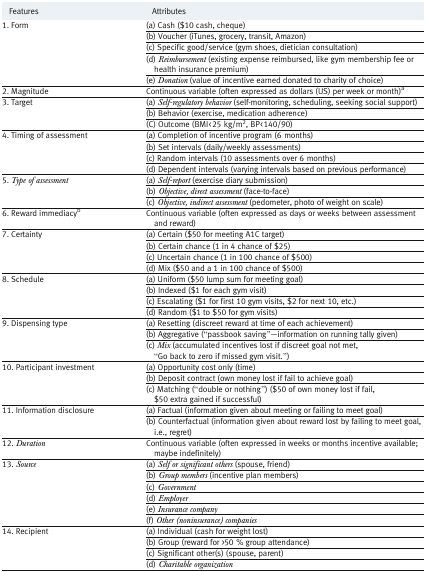
<table><thead><tr><td><b>Features</b></td><td><b>Attributes</b></td></tr></thead><tbody><tr><td rowspan="5">1. Form</td><td>(a) Cash ($10 cash, cheque)</td></tr><tr><td>(b) Voucher (iTunes, grocery, transit, Amazon)</td></tr><tr><td>(c) Specific good/service (gym shoes, dietician consultation)</td></tr><tr><td>(d) <i>Reimbursement</i> (existing expense reimbursed, like gym membership fee or health insurance premium)</td></tr><tr><td>(e) <i>Donation</i> (value of incentive earned donated to charity of choice)</td></tr><tr><td>2. Magnitude</td><td>Continuous variable (often expressed as dollars (US) per week or month)<sup>a</sup></td></tr><tr><td rowspan="3">3. Target</td><td>(a) <i>Self-regulatory behavior</i> (self-monitoring, scheduling, seeking social support)</td></tr><tr><td>(b) Behavior (exercise, medication adherence)</td></tr><tr><td>(C) Outcome (BMI &lt; 25 kg/m<sup>2</sup>, BP &lt; 140/90)</td></tr><tr><td rowspan="4">4. Timing of assessment</td><td>(a) Completion of incentive program (6 months)</td></tr><tr><td>(b) Set intervals (daily/weekly assessments)</td></tr><tr><td>(c) Random intervals (10 assessments over 6 months)</td></tr><tr><td>(d) Dependent intervals (varying intervals based on previous performance)</td></tr><tr><td rowspan="3">5. <i>Type of assessment</i></td><td>(a) <i>Self-report</i> (exercise diary submission)</td></tr><tr><td>(b) <i>Objective, direct assessment</i> (face-to-face)</td></tr><tr><td>(c) <i>Objective, indirect assessment</i> (pedometer, photo of weight on scale)</td></tr><tr><td>6. Reward immediacy<sup>b</sup></td><td>Continuous variable (often expressed as days or weeks between assessment and reward)</td></tr><tr><td rowspan="4">7. Certainty</td><td>(a) Certain ($50 for meeting A1C target)</td></tr><tr><td>(b) Certain chance (1 in 4 chance of $25)</td></tr><tr><td>(c) Uncertain chance (1 in 100 chance of $500)</td></tr><tr><td>(d) Mix ($50 and a 1 in 100 chance of $500)</td></tr><tr><td rowspan="4">8. Schedule</td><td>(a) Uniform ($50 lump sum for meeting goal)</td></tr><tr><td>(b) Indexed ($1 for each gym visit)</td></tr><tr><td>(c) Escalating ($1 for first 10 gym visits, $2 for next 10, etc.)</td></tr><tr><td>(d) Random ($1 to $50 for gym visits)</td></tr><tr><td rowspan="3">9. Dispensing type</td><td>(a) Resetting (discreet reward at time of each achievement)</td></tr><tr><td>(b) Aggregative (“passbook saving”—information on running tally given)</td></tr><tr><td>(c) <i>Mix</i> (accumulated incentives lost if discreet goal not met, “Go back to zero if missed gym visit.”)</td></tr><tr><td rowspan="3">10. Participant investment</td><td>(a) Opportunity cost only (time)</td></tr><tr><td>(b) Deposit contract (own money lost if fail to achieve goal)</td></tr><tr><td>(c) Matching (“double or nothing”) ($50 of own money lost if fail, $50 extra gained if successful)</td></tr><tr><td rowspan="2">11. Information disclosure</td><td>(a) Factual (information given about meeting or failing to meet goal)</td></tr><tr><td>(b) Counterfactual (information given about reward lost by failing to meet goal, i.e., regret)</td></tr><tr><td>12. <i>Duration</i></td><td>Continuous variable (often expressed in weeks or months incentive available; maybe indefinitely)</td></tr><tr><td rowspan="6">13. <i>Source</i></td><td>(a) <i>Self or significant others</i> (spouse, friend)</td></tr><tr><td>(b) <i>Group members</i> (incentive plan members)</td></tr><tr><td>(c) <i>Government</i></td></tr><tr><td>(d) <i>Employer</i></td></tr><tr><td>(e) <i>Insurance company</i></td></tr><tr><td>(f) <i>Other (noninsurance) companies</i></td></tr><tr><td rowspan="4">14. Recipient</td><td>(a) Individual (cash for weight lost)</td></tr><tr><td>(b) Group (reward for &gt;50 % group attendance)</td></tr><tr><td>(c) Significant other(s) (spouse, parent)</td></tr><tr><td>(d) <i>Charitable organization</i></td></tr></tbody></table>